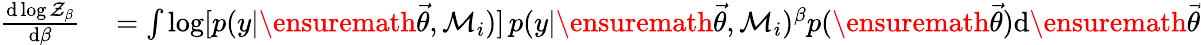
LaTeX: \begin{array}{rl}{\frac{\mathrm{d}\log\mathcal{Z}_{\beta}}{\mathrm{d}\beta}}&{{}=\int\log[p(y|\ensuremath{\vec{\theta}},\mathcal{M}_{i})]\, p(y|\ensuremath{\vec{\theta}},\mathcal{M}_{i})^{\beta}p(\ensuremath{\vec{\theta}})\mathrm{d}\ensuremath{\vec{\theta}}}\end{array}